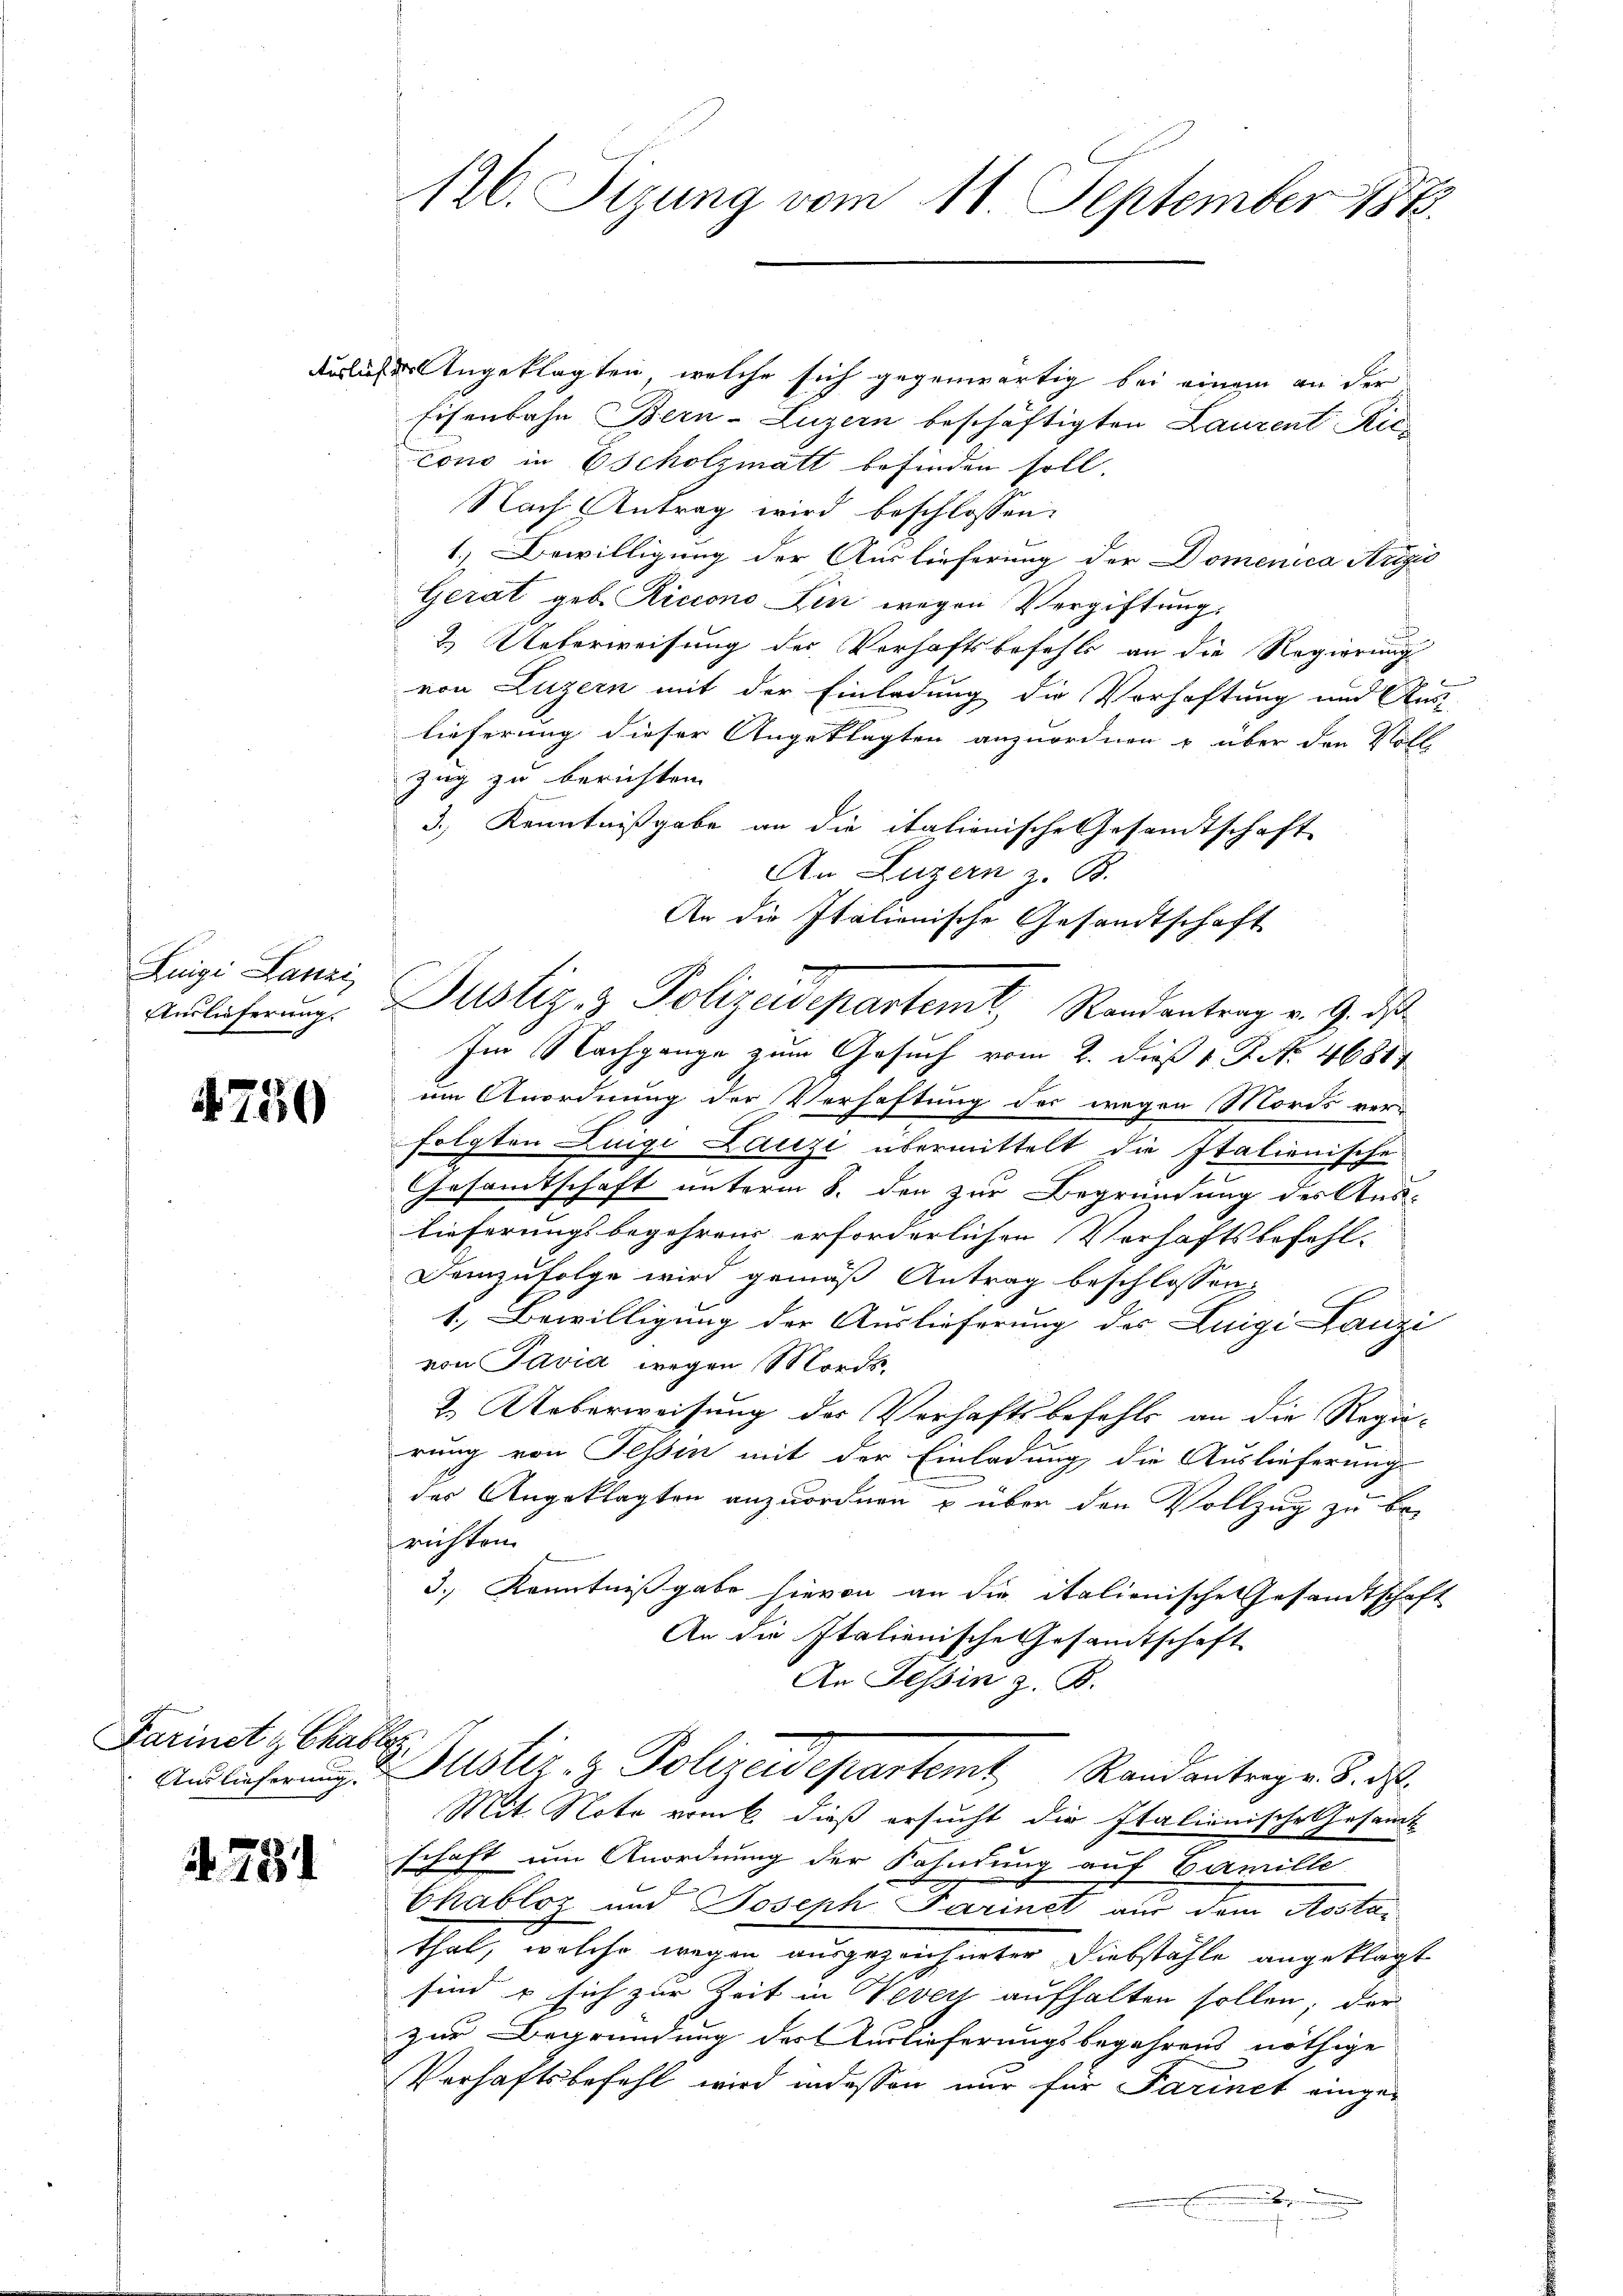
Luigi Lanzi

4750

Farinet & Chabl

4. 751

126. Sizung vom 11. September 1873.

derliche Angeklagten, welche sich gegenwärtig bei einem an der
Eisenbahn Bern-Luzern beschäftigten Laurent Ric
cono in Escholzmatt befinden soll.
Nach Antrag wird beschlossen:
1; Bewilligung der Auslieferung der Domenica Argo
Gerat geb. Riciono Ein wegen Vergiftung.
2.) Ueberweisung des Verhaftsbefehls an die Regierung
von Luzern mit der Einladung die Vorhaftung und Aus-
lieferung dieser Angeklagten anzuordnen u über den Voll
Zug zu berichten
3.) Kenntnißgabe an die italionische Gesandtschaft
An Luzern z. B.
An die Italienische Gesandtschaft
Im Nachgange zum Gesuch vom 2. Dieß v. J. No 46811
um Anordnung der Verhaftung der wegen Mords ver-
folgten Luigi Lanze übermittelt die Italienische
Gesamtschaft unterm 8. den zur Begründung des Aus-
lieferungsbegehrens erforderlichen Verhaftsbefehl-
Demzufolge wird gemäß Antrag beschlossen:
1. Bewilligung der Auslieferung des Luigi Lanzi
von Pavia wegen Mords¬
2. Ueberweisung des Verhaftsbefehls an die Regie-
rung von Tessin mit der Einladung die Auslieferung
des Angeklagten anzuordnen u über den Vollzug zu be-
richten
3.) Kenntnißgabe hievon an die italienische Gesandtschaft
An die Italienische Gesandtschaft
An Tessin z. B.
Andlicherung d. Justiz- & Polizeidepartemt Randantrage. 8. ds.
Mit Note vom 6. dieß ersucht die Italienische Gesamt
schaft um Anordnung der Fahndung auf Camille
Chabloz und Joseph Parinet aus dem Aostar
thal, welche wegen ausgezeichneter Diebstähle angeklagt
sind u sich zur Zeit in Vevert aufhalten sollen, der
zur Begründung des Auslieferungsbegehrens nöthige
Verhaftsbefehl wird indessen nur für Parinet einge¬
E
m

Auslicherung. Justiz- & Polizeidepartem Randantrag v. 9. ds

f